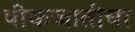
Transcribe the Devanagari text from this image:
पीकजातींचा